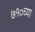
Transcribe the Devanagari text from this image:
७१०च्या